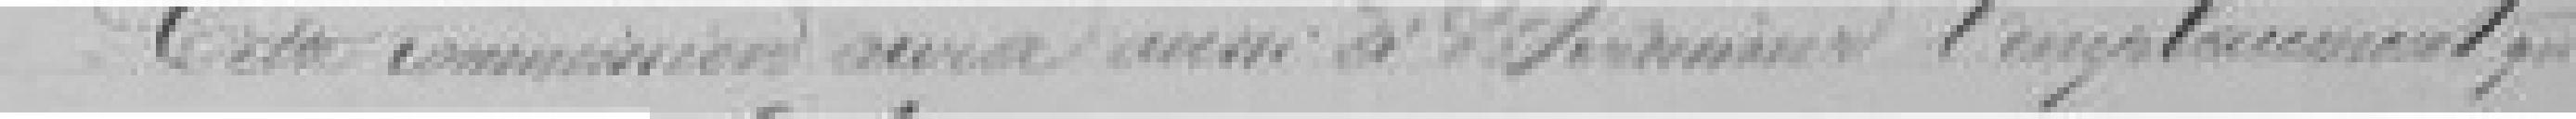
Cette commission aura aussi à déterminer l'emplacement qu'elle